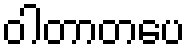
ဝါတာတပေ